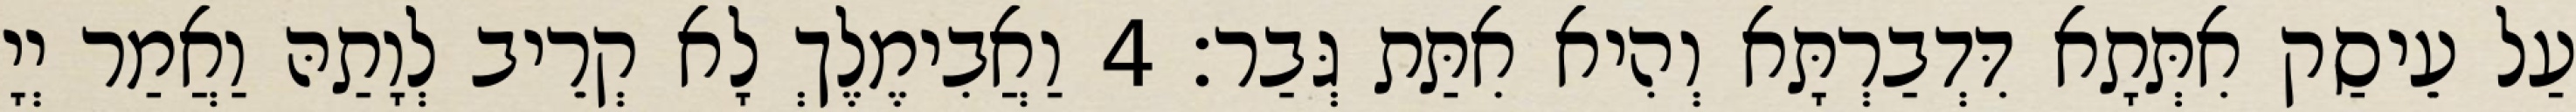
עַל עֵיסַק אִתְּתָא דִּדְבַרְתָּא וְהִיא אִתַּת גְּבַר׃ 4 וַאֲבִימֶלֶךְ לָא קְרֵיב לְוָתַהּ וַאֲמַר יְיָ